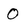
Character: 0